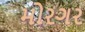
મોરગર